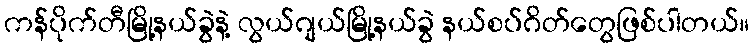
ကန်ပိုက်တီမြို့နယ်ခွဲနဲ့ လွယ်ဂျယ်မြို့နယ်ခွဲ နယ်စပ်ဂိတ်တွေဖြစ်ပါတယ်။